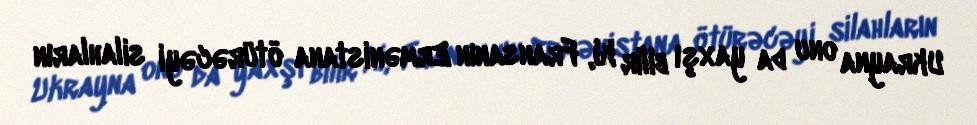
Ukrayna onu da yaxşı bilir ki, Fransanın Ermənistana ötürəcəyi silahların